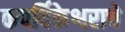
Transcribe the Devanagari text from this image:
कपर्दिकेश्वराचे